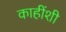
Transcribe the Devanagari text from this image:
काहींशी